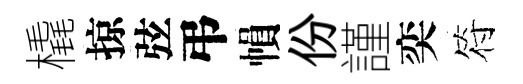
橇掠弦弔𢄙份謹奕符